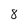
Character: 8